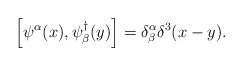
\begin{align*}\left[ \psi^\alpha (x) , \psi^\dag _\beta (y) \right] = \delta^\alpha_\beta \delta^3(x - y) .\end{align*}